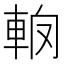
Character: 𨋦